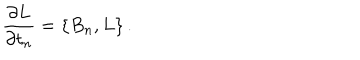
{ \frac { \partial L } { \partial t _ { n } } } = \{ B _ { n } , L \} \, .